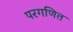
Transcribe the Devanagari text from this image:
परगणित